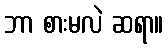
ဘာ စားမလဲ ဆရာ။